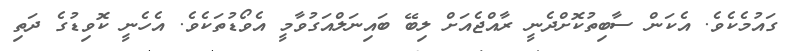
ގައުމެކެވެ. އެކަން ސާބިތުކޮށްދެނީ ރާއްޖެއަށް ލިބޭ ބައިނަލްއަގުވާމީ އެވޯޑުތަކެވެ. އެހެނީ ކޮވިޑުގެ ދަތި